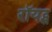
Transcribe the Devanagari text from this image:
रॉयट्स